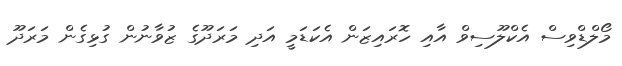
މޯލްޑްވިސް އެކްލޫސިވް އާއި ހޮރައިޒަން އެކަޑަމީ އަދި މަރަދޫގެ ޒުވާނުން ގުޅިގެން މަރަދޫ